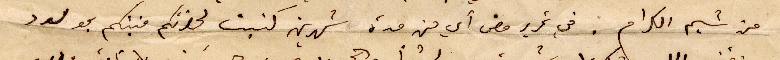
من شيم الكرام. في تحرير مضى أي من مدة شهرين كتبت لحضرتكم منبئكم بمولود